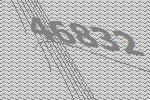
46832